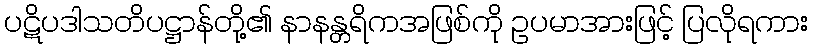
ပဋိပဒါသတိပဋ္ဌာန်တို့၏ နာနန္တရိကအဖြစ်ကို ဥပမာအားဖြင့် ပြလိုရကား